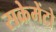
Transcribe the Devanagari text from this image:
सक्रेमेंटो